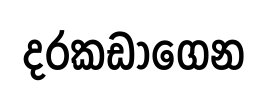
දරකඩාගෙන